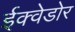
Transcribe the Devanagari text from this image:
ईक्वेडोर